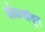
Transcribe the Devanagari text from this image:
डोळ्यांतून